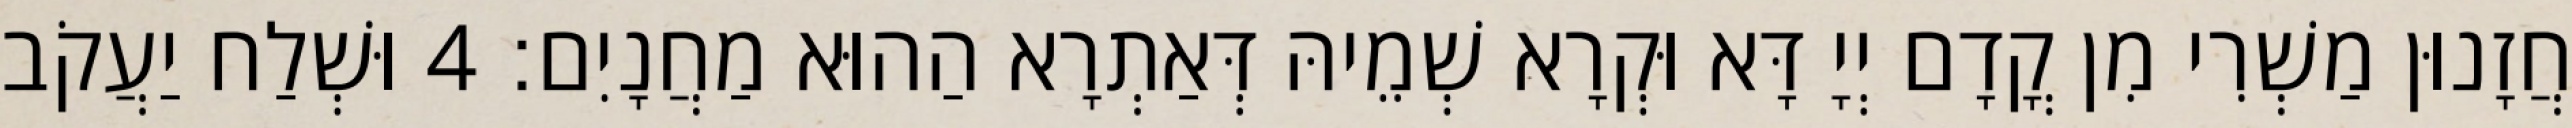
חֲזָנוּן מַשְׁרִי מִן קֳדָם יְיָ דָּא וּקְרָא שְׁמֵיהּ דְּאַתְרָא הַהוּא מַחֲנָיִם׃ 4 וּשְׁלַח יַעֲקֹב